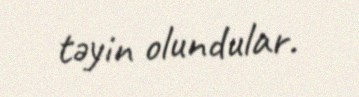
təyin olundular.